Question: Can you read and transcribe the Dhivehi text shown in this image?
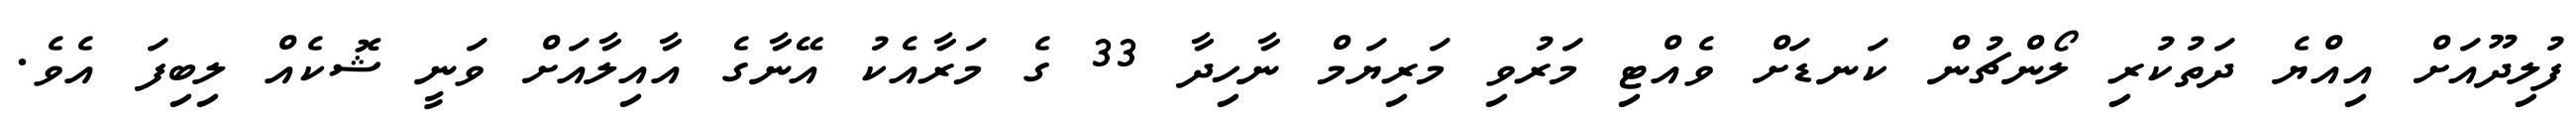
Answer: ފުލިދޫއަށް އިއްޔެ ދަތުކުރި ލޯންޗުން ކަނޑަށް ވެއްޓި މަރުވި މަރިޔަމް ނާހިދާ 33 ގެ މަރާއެކު އޭނާގެ އާއިލާއަށް ވަނީ ޝޮކެއް ލިބިފަ އެވެ.